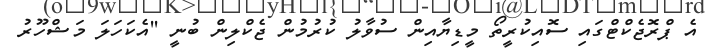
އެ ޕްރޮޖެކްޓްގައި ސޮއިކުރީތޯ މީޑިޔާއިން ސުވާލު ކުރުމުން ޖެކްލިން ބުނީ ''އެކަހަލަ މަޝްހޫރު